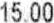
15.00